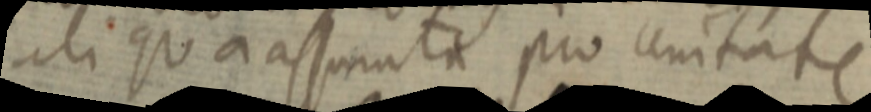
aliqua assumta pro unitate